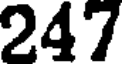
247